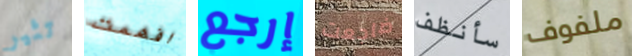
تثير افهمت إرجع ضاجعت سأنظف ملفوف